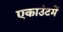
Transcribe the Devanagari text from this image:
एकाउंटमें